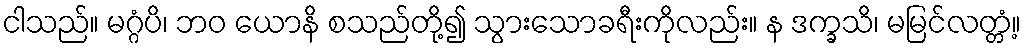
ငါသည်။ မဂ္ဂံပိ၊ ဘဝ ယောနိ စသည်တို့၍ သွားသောခရီးကိုလည်း။ န ဒက္ခသိ၊ မမြင်လတ္တံ့။